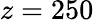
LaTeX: z=250